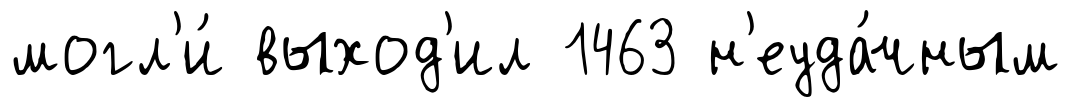
могл'и́ выход'ил 1463 н'еуда́чным